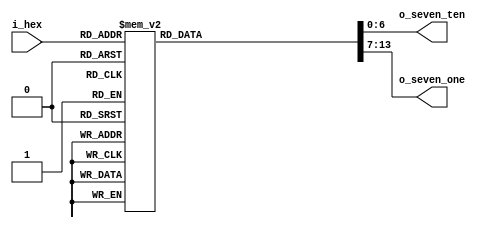
module SevenHexDecoder (
	input        [3:0] i_hex,
	output reg [6:0] o_seven_ten,
	output reg [6:0] o_seven_one
);

/* The layout of seven segment display, 1: dark
 *    00
 *   5  1
 *    66
 *   4  2
 *    33
 */
parameter D0 = 7'b1000000;
parameter D1 = 7'b1111001;
parameter D2 = 7'b0100100;
parameter D3 = 7'b0110000;
parameter D4 = 7'b0011001;
parameter D5 = 7'b0010010;
parameter D6 = 7'b0000010;
parameter D7 = 7'b1011000;
parameter D8 = 7'b0000000;
parameter D9 = 7'b0010000;
always @(*) begin
	case(i_hex)
		4'h0: begin o_seven_ten = D0; o_seven_one = D0; end
		4'h1: begin o_seven_ten = D0; o_seven_one = D1; end
		4'h2: begin o_seven_ten = D0; o_seven_one = D2; end
		4'h3: begin o_seven_ten = D0; o_seven_one = D3; end
		4'h4: begin o_seven_ten = D0; o_seven_one = D4; end
		4'h5: begin o_seven_ten = D0; o_seven_one = D5; end
		4'h6: begin o_seven_ten = D0; o_seven_one = D6; end
		4'h7: begin o_seven_ten = D0; o_seven_one = D7; end
		4'h8: begin o_seven_ten = D0; o_seven_one = D8; end
		4'h9: begin o_seven_ten = D0; o_seven_one = D9; end
		4'ha: begin o_seven_ten = D1; o_seven_one = D0; end
		4'hb: begin o_seven_ten = D1; o_seven_one = D1; end
		4'hc: begin o_seven_ten = D1; o_seven_one = D2; end
		4'hd: begin o_seven_ten = D1; o_seven_one = D3; end
		4'he: begin o_seven_ten = D1; o_seven_one = D4; end
		4'hf: begin o_seven_ten = D1; o_seven_one = D5; end
	endcase
end

endmodule